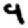
Digit: 9